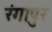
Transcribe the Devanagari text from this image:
रंगापुर